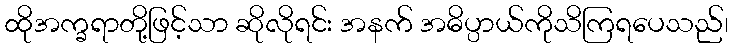
ထိုအက္ခရာတို့ဖြင့်သာ ဆိုလိုရင်း အနက် အဓိပ္ပာယ်ကိုသိကြရပေသည်၊